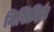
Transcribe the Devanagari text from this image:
निसिदिन